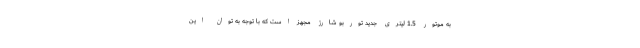
به موتور 1.5 لیتری جدید توربو شارژ مجهز است که با توجه به توان این